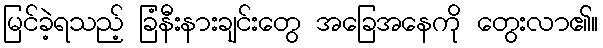
မြင်ခဲ့ရသည့် ခြံနီးနားချင်းတွေ အခြေအနေကို တွေးလာ၏။